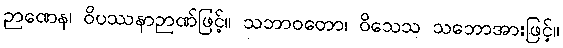
ဉာဏေန၊ ဝိပဿနာဉာဏ်ဖြင့်။ သဘာဝတော၊ ဝိသေသ သဘောအားဖြင့်။